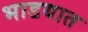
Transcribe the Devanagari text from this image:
भाडयात